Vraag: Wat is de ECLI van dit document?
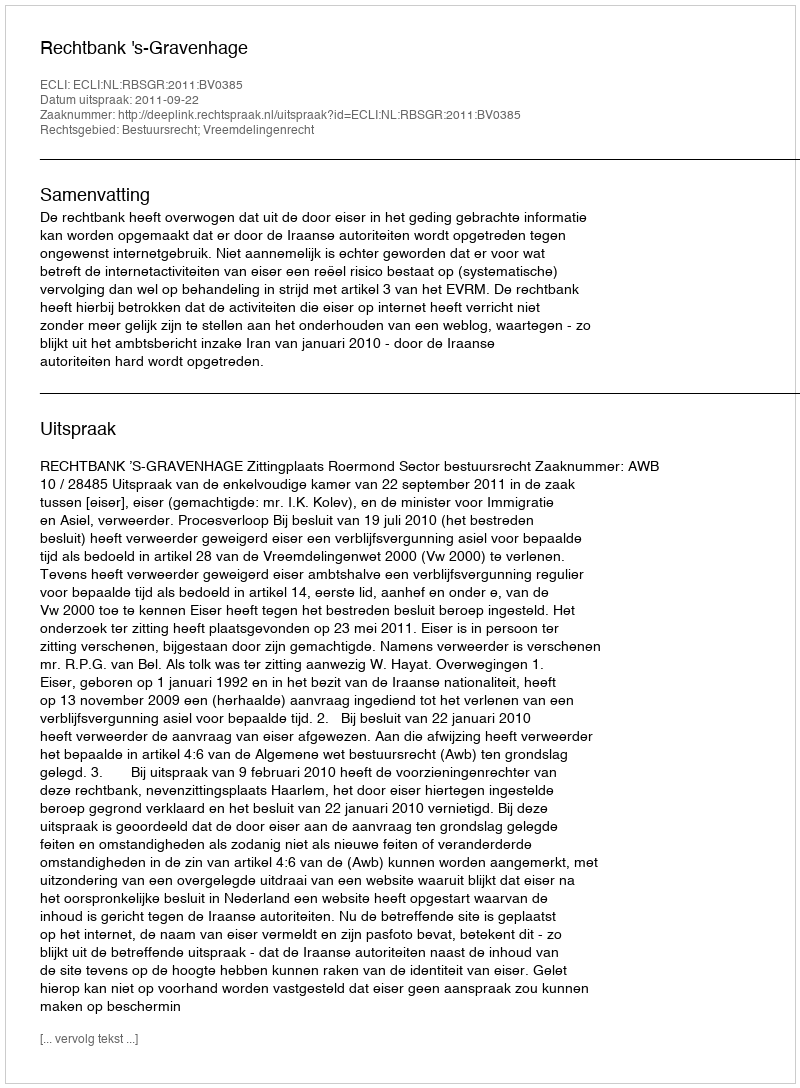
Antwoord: ECLI:NL:RBSGR:2011:BV0385